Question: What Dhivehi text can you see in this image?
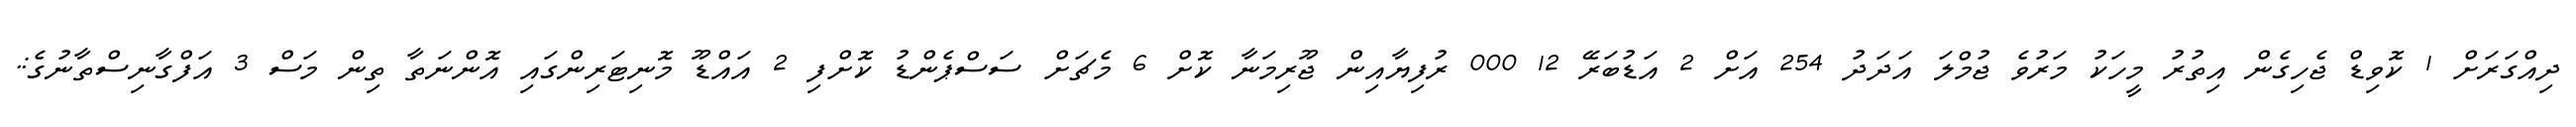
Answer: ދިއްގަރަށް 1 ކޮވިޑް ޖެހިގެން އިތުރު މީހަކު މަރުވެ ޖުމްލަ އަދަދު 254 އަށް 2 އަޑުބަރޭ 12 000 ރުފިޔާއިން ޖޫރިމަނާ ކޮށް 6 މެޗަށް ސަސްޕެންޑު ކޮށްފި 2 އައްޑޫ މޮނިޓަރިންގައި އޮންނަތާ ތިން މަސް 3 އަފްގާނިސްތާނުގެ:.